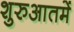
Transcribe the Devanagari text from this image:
शुरुआतमें